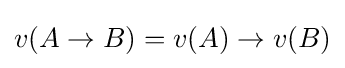
v(A\to B)=v(A)\to v(B)